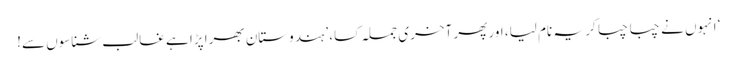
‘ انہوں نے چبا چبا کر یہ نام لیا، اور پھر آخری جملہ کسا، ’ہندوستان بھرا پڑا ہے غالب شناسوں سے!